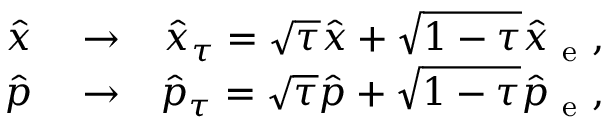
\begin{array} { r l r } { \hat { x } } & { { } \rightarrow } & { \hat { x } _ { \tau } = \sqrt { \tau } \hat { x } + \sqrt { 1 - \tau } \hat { x } _ { \mathrm { ~ e ~ } } , } \\ { \hat { p } } & { { } \rightarrow } & { \hat { p } _ { \tau } = \sqrt { \tau } \hat { p } + \sqrt { 1 - \tau } \hat { p } _ { \mathrm { ~ e ~ } } , } \end{array}